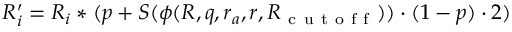
R _ { i } ^ { \prime } = R _ { i } * ( p + S ( \phi ( R , q , r _ { a } , r , R _ { \mathrm { ~ c ~ u ~ t ~ o ~ f ~ f ~ } } ) ) \cdot ( 1 - p ) \cdot 2 )